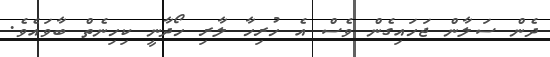
ދެން ސަލާން ޖަހައިގެން ވެސް އެ ހުރިހާ ލާރި ހޯދާނީ ކިހިނެތް ބާވައެވެ.